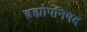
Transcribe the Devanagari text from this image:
ब्रह्मोपनिषद